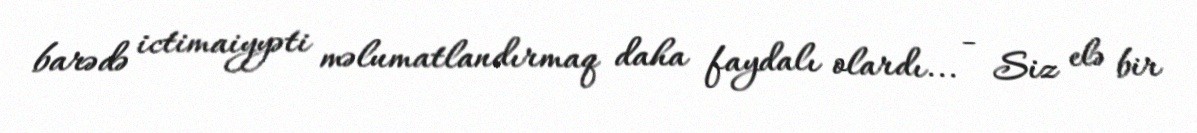
barədə ictimaiyyəti məlumatlandırmaq daha faydalı olardı... - Siz elə bir